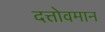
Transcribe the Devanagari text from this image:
दत्तोवमान